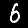
Digit: 6